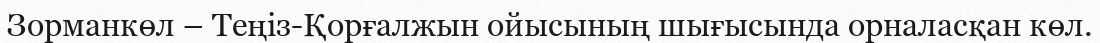
Зорманкөл – Теңіз-Қорғалжын ойысының шығысында орналасқан көл.